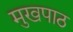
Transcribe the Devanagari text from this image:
मुखपाठ